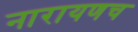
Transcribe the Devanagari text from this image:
नारायणच